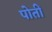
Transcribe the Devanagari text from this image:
पोतीं